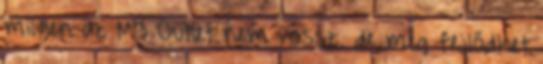
milyen az M3 Outlet nem rossz, de még fejlődhet